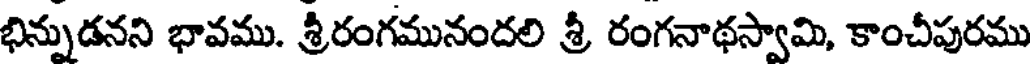
భిన్నుడనని భావము. శ్రీరంగమునందలి శ్రీ రంగనాథస్వామి, కాంచీపురము